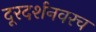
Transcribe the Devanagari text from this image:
दूरदर्शनवरच